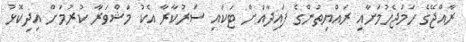
ރާއްޖޭގެ ހަމަޖެހުމަށާއި ރައްޔިތުންގެ ފައިދާއަށް ޓަކައި ސަރުކާރާ އެކު މަޝްވަރާ ކުރުމަށް އިދިކޮޅު